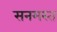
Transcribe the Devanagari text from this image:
सनमस्त